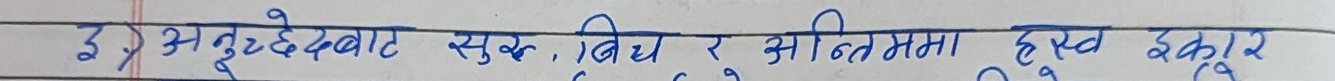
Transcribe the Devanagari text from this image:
इ) अनुच्छेदबाट सुक्ख, बिधु र सन्तिमा हस्ख इकार